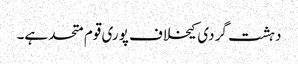
دہشت گردی کیخلاف پوری قوم متحد ہے۔